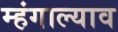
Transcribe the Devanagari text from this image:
म्हंगाल्याव